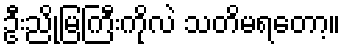
ဦးညိုမြကြီးကိုလဲ သတိမရတော့။